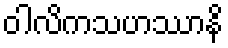
ဝါလိကသဟဿာနိ